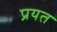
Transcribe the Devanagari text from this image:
प्रयत